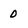
Character: 0